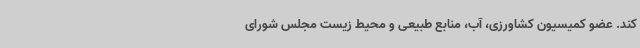
کند. عضو کمیسیون کشاورزی، آب، منابع طبیعی و محیط زیست مجلس شورای